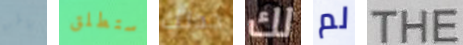
باطن ستطلق جدتك لك لم THE